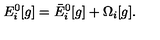
E _ { i } ^ { 0 } [ g ] = \bar { E } _ { i } ^ { 0 } [ g ] + \Omega _ { i } [ g ] .